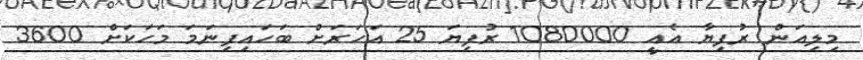
މިލިއަން ރުފިޔާ އެއީ 1080000 ރުފިޔަ 25 އަހަރަށް ބަހައިފިނަމަ މަހަކަށް 3600